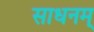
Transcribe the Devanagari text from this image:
साधनम्